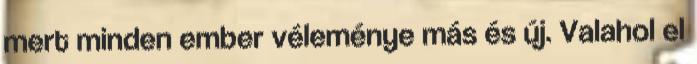
mert minden ember véleménye más és új. Valahol el